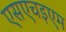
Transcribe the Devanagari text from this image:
एसएचइएम